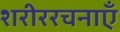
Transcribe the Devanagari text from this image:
शरीररचनाएँ